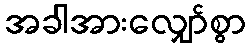
အခါအားလျှော်စွာ